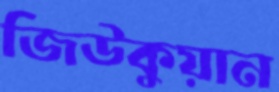
জিউকুয়ান